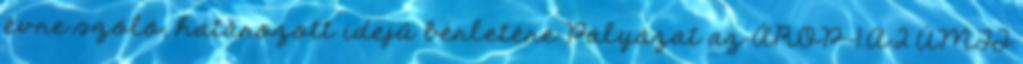
évre szóló, határozott idejű bérletére Pályázat az ÁROP-1.A.2 ÚMFT